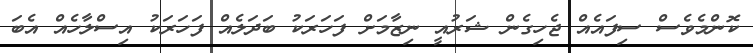
ކޮންމެވެސް ސިފައެއް ޖެހިގެން ޝަރުއީ ނިޒާމަށް ފަހަރަކު ބަދަލެއް ފަހަރަކު އިސްލާހެއް އެބަ